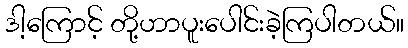
ဒါ့ကြောင့် တို့ဟာပူးပေါင်းခဲ့ကြပါတယ်။